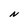
Character: N